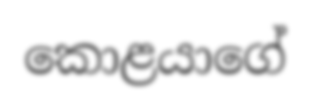
කොළයාගේ